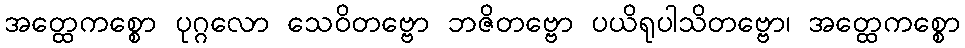
အတ္ထေကစ္စော ပုဂ္ဂလော သေဝိတဗ္ဗော ဘဇိတဗ္ဗော ပယိရုပါသိတဗ္ဗော၊ အတ္ထေကစ္စော